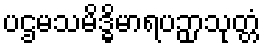
ပဌမသမိဒ္ဓိမာရပဉှာသုတ္တံ